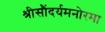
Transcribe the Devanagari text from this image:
श्रीसौंदर्यमनोरमा